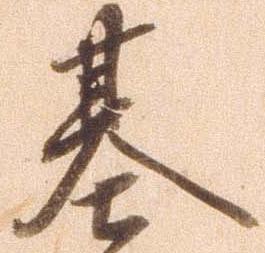
基